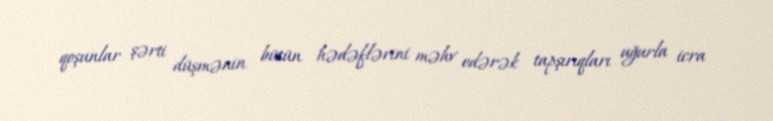
qoşunlar şərti düşmənin bütün hədəflərini məhv edərək tapşırıqları uğurla icra